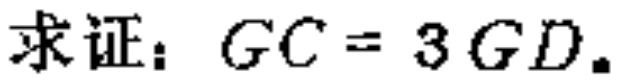
求证：\(GC = 3GD\)。